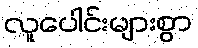
လူပေါင်းများစွာ